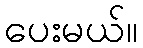
ပေးမယ်။